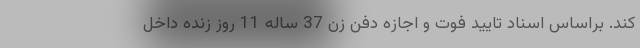
کند. براساس اسناد تایید فوت و اجازه دفن زن 37 ساله 11 روز زنده داخل